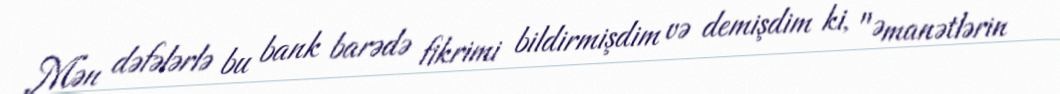
Mən dəfələrlə bu bank barədə fikrimi bildirmişdim və demişdim ki, "Əmanətlərin